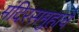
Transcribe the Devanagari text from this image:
मंदिरसमुहाचे